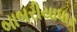
બાબરીયાધાર